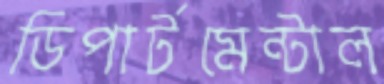
ডিপার্টমেন্টাল